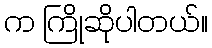
က ကြိုဆိုပါတယ်။